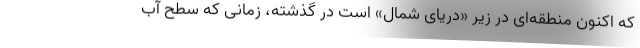
که اکنون منطقه‌ای در زیر «دریای شمال» است در گذشته، زمانی که سطح آب